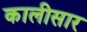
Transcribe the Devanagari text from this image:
कालीसार